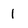
Character: 1